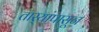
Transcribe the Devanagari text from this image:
तार्‍यांपासून